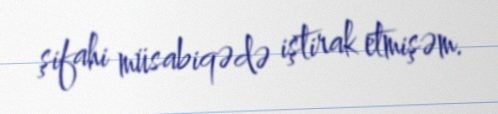
şifahi müsabiqədə iştirak etmişəm.